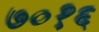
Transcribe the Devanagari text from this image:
७०१६